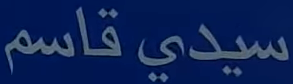
سيدي قاسم